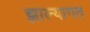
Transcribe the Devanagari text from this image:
झाल्यागत